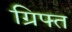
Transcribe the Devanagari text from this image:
ग्रिफ्त